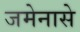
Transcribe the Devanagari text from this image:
जमेनासे